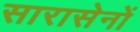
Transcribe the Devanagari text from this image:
सारासेनों